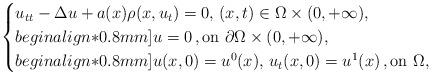
LaTeX: \begin{align*}\begin{cases}u_{tt} - \Delta u + a(x)\rho(x, u_t) = 0, \, (x,t) \in \Omega \times(0, + \infty), \\begin{align*}0.8mm]u = 0 \,, \mbox{on } \partial \Omega \times (0,+ \infty),\\begin{align*}0.8mm]u(x,0) = u^0(x), \, u_t(x,0) = u^1(x) \,, \mbox{on } \Omega,\end{cases}\end{align*}